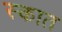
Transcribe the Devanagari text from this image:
स्कात